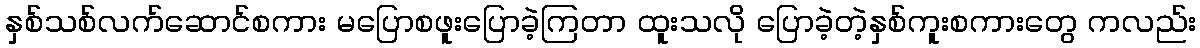
နှစ်သစ်လက်ဆောင်စကား မပြောစဖူးပြောခဲ့ကြတာ ထူးသလို ပြောခဲ့တဲ့နှစ်ကူးစကားတွေ ကလည်း